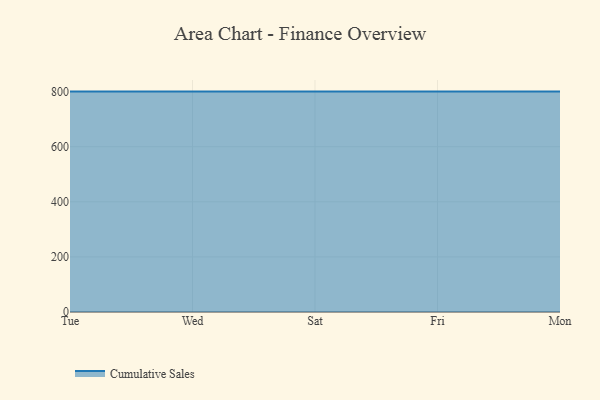
{"axis": {"x": "Day", "y": "Bounce Rate (%)"}, "legend": ["Cumulative Sales"], "data": [{"x": "Tue", "y": 800, "type": "Cumulative Sales"}, {"x": "Wed", "y": 800, "type": "Cumulative Sales"}, {"x": "Sat", "y": 800, "type": "Cumulative Sales"}, {"x": "Fri", "y": 800, "type": "Cumulative Sales"}, {"x": "Mon", "y": 800, "type": "Cumulative Sales"}]}